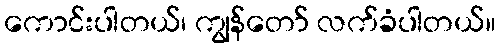
ကောင်းပါတယ်၊ ကျွန်တော် လက်ခံပါတယ်။